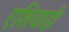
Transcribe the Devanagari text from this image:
एशियाई।